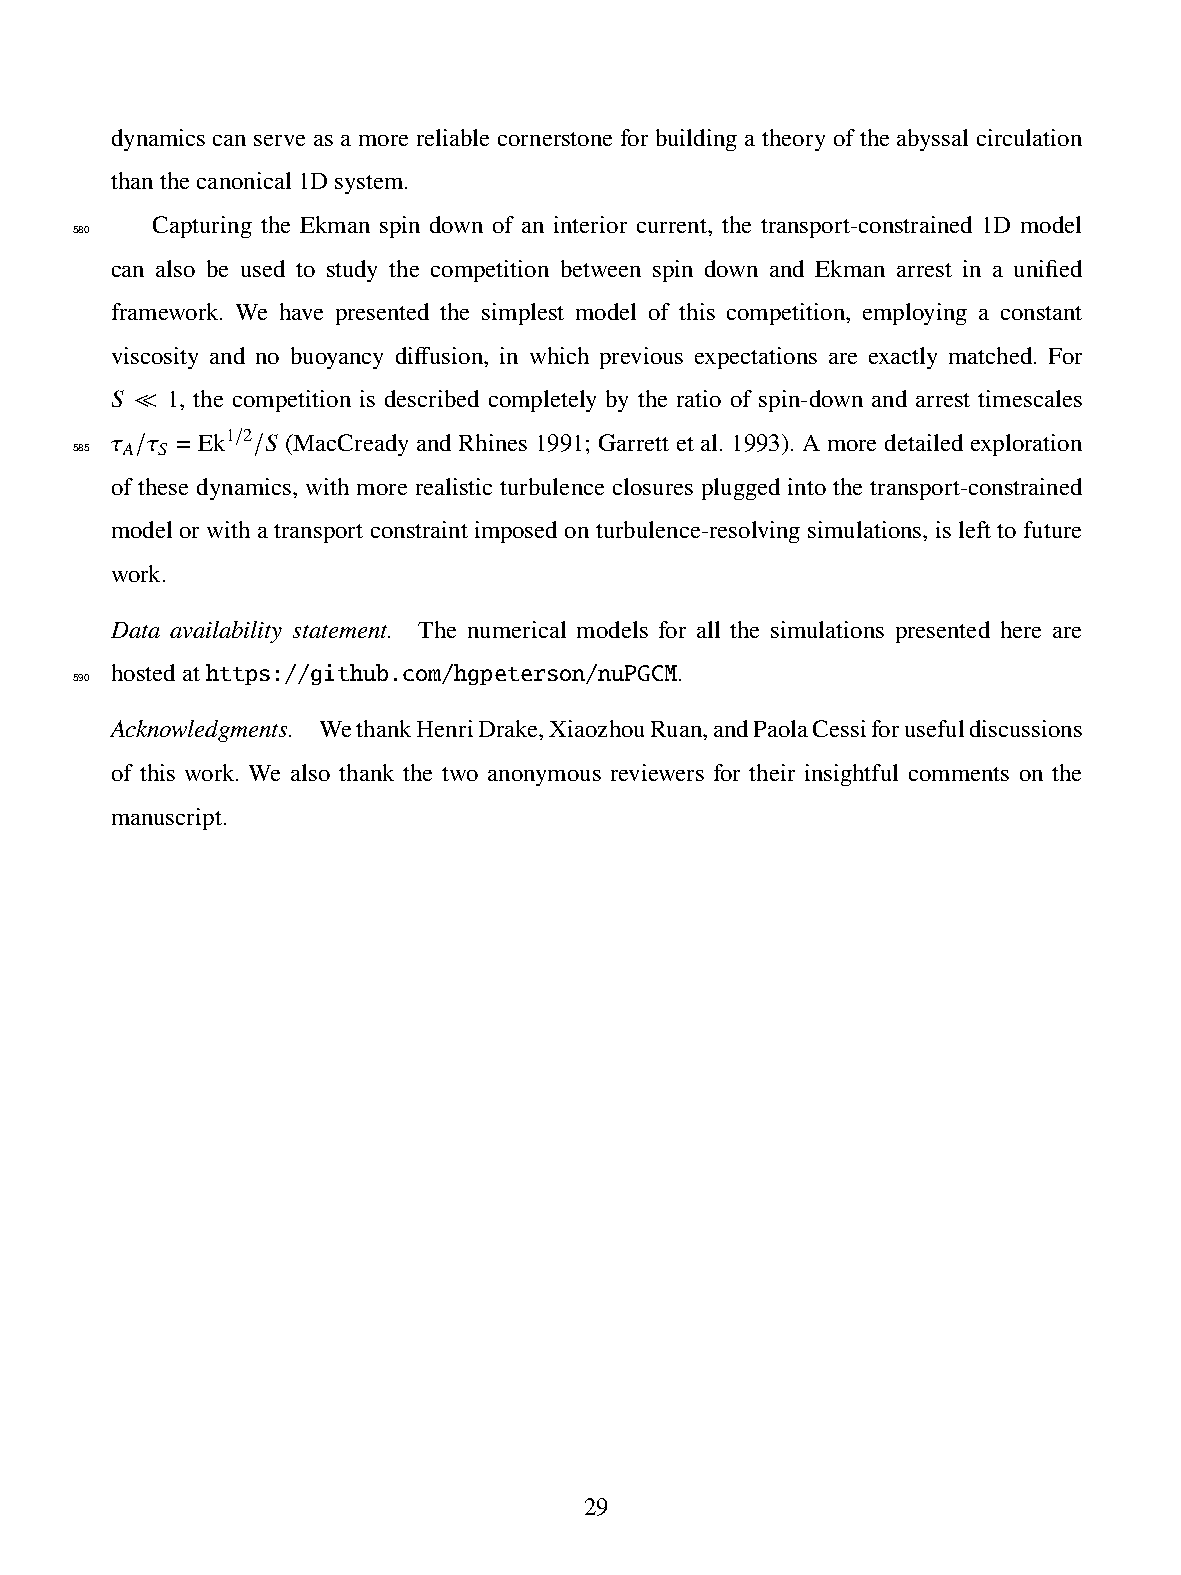
dynamics can serve as a more reliable cornerstone for building a theory of the abyssal circulation
 thanthecanonical1Dsystem.
 Capturing the Ekman spin down of an interior current, the transport-constrained 1D model
 580
 can also be used to study the competition between spin down and Ekman arrest in a unified
 framework. We have presented the simplest model of this competition, employing a constant
 viscosity and no buoyancy diffusion, in which previous expectations are exactly matched. For
 𝑆   1, the competition is described completely by the ratio of spin-down and arrest timescales
 ≪
 𝜏  𝜏 = Ek1 2 𝑆 (MacCready and Rhines 1991; Garrett et al. 1993). A more detailed exploration
 585 𝐴 𝑆    /
 /       /
 of these dynamics, with more realistic turbulence closures plugged into the transport-constrained
 model or with a transport constraint imposed on turbulence-resolving simulations, is left to future
 work.
 Data availability statement. The numerical models for all the simulations presented here are
 hostedathttps://github.com/hgpeterson/nuPGCM.
 590
 Acknowledgments. WethankHenriDrake,XiaozhouRuan,andPaolaCessiforusefuldiscussions
 of this work. We also thank the two anonymous reviewers for their insightful comments on the
 manuscript.
 29